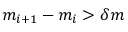
m _ { i + 1 } - m _ { i } > \delta m